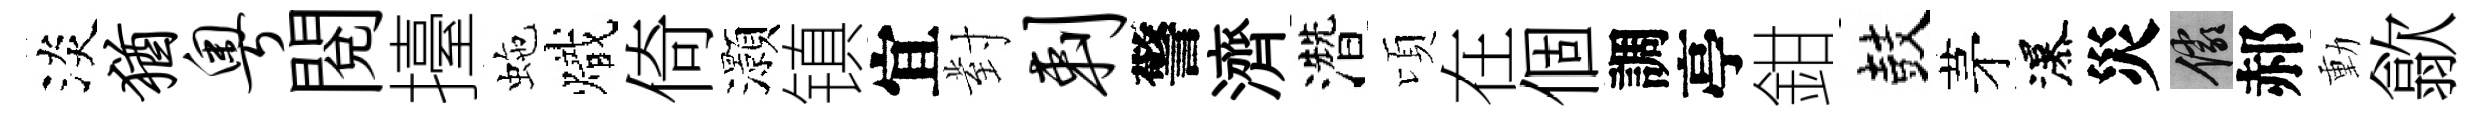
淡犹粤閲擡虵熾倚灝镇宜對剌警濟濳頃在個調亭鉗鼓茅瀑災儼郝動歙